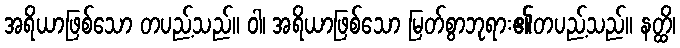
အရိယာဖြစ်သော တပည့်သည်။ ဝါ၊ အရိယာဖြစ်သော မြတ်စွာဘုရား၏တပည့်သည်။ နတ္ထိ၊